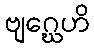
ဗျဂ္ဃေဟိ